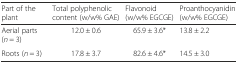
| Part of the plant | Total polyphenolic content (w/w% GAE) | Flavonoid (w/w% EGCGE) | Proanthocyanidin (w/w% EGCGE) |
 | --- | --- | --- | --- |
 | Aerial parts (n = 3) | 12.0 ± 0.6 | 65.9 ± 3.6* | 13.8 ± 2.2 |
 | Roots (n = 3) | 17.8 ± 3.7 | 82.6 ± 4.6* | 14.5 ± 3.0 |